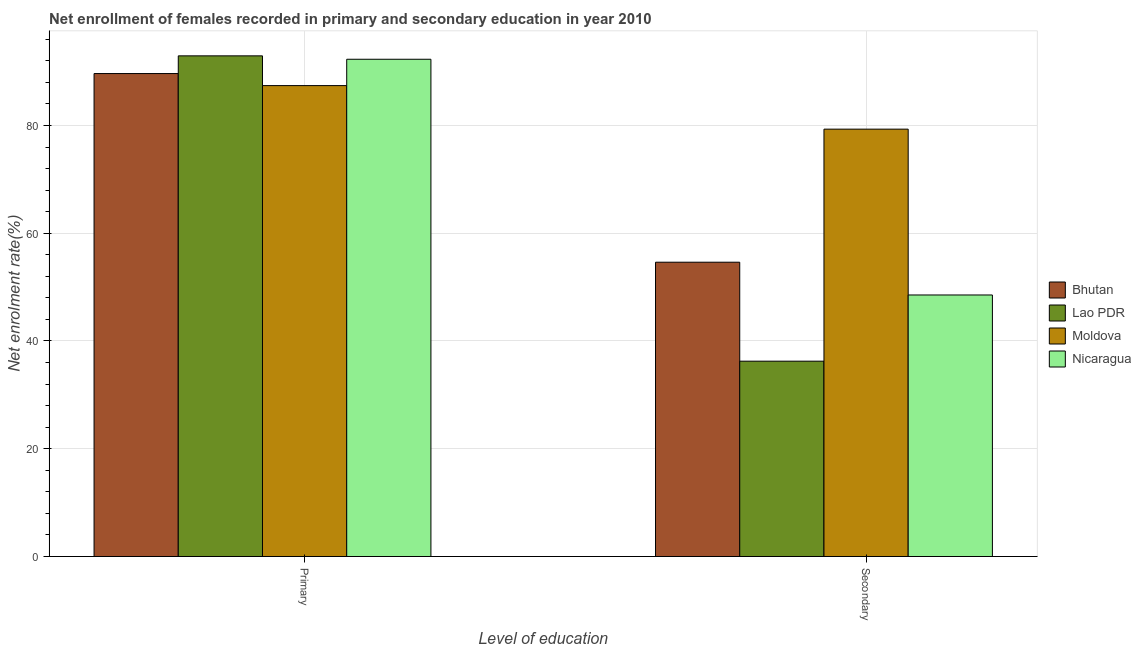
| Level of education | Bhutan | Lao PDR | Moldova | Nicaragua |
 | --- | --- | --- | --- | --- |
 | Primary | 89.6 | 92.9 | 87.4 | 92.3 |
 | Secondary | 54.6 | 36.3 | 79.3 | 48.5 |